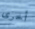
أخرى